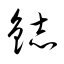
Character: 鋕